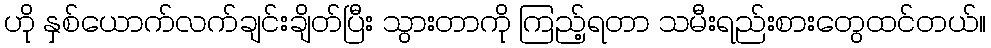
ဟို နှစ်ယောက်လက်ချင်းချိတ်ပြီး သွားတာကို ကြည့်ရတာ သမီးရည်းစားတွေထင်တယ်။